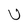
Character: U